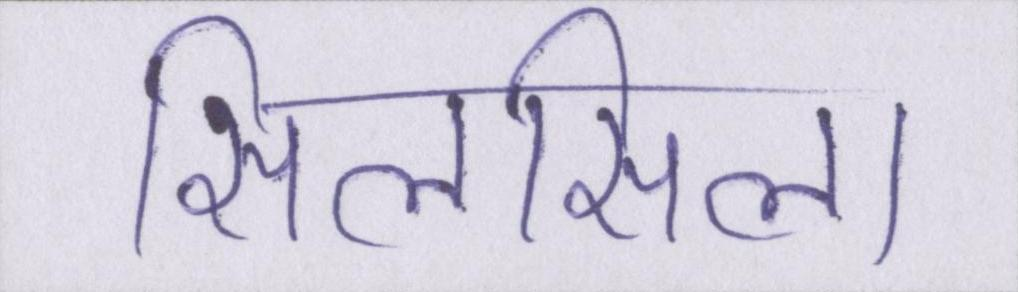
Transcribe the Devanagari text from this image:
सिलसिला